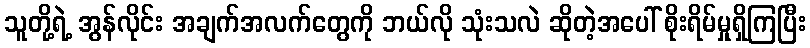
သူတို့ရဲ့ အွန်လိုင်း အချက်အလက်တွေကို ဘယ်လို သုံးသလဲ ဆိုတဲ့အပေါ် စိုးရိမ်မှုရှိကြပြီး